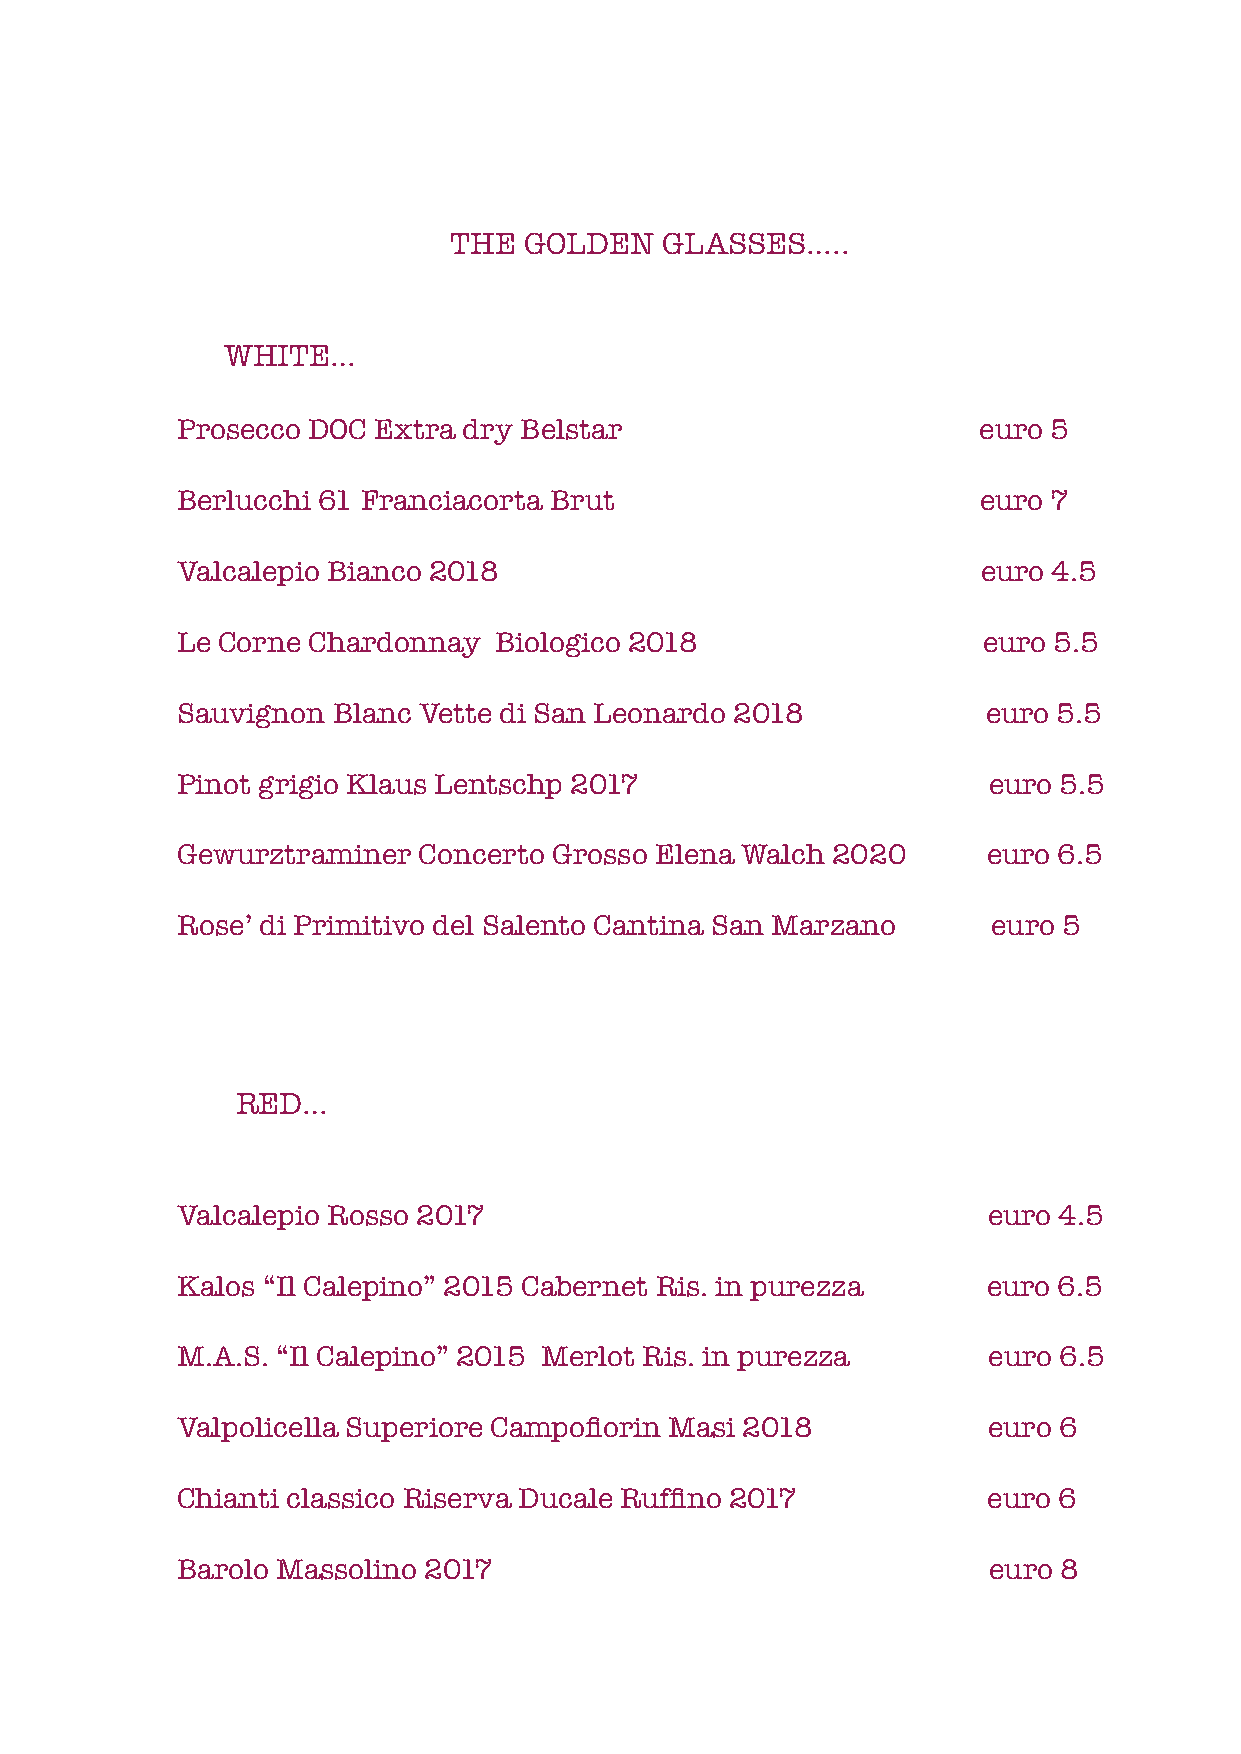
THE  GOLDEN   GLASSES…..
 WHITE…
 Prosecco DOC Extra dry Belstar                       euro 5
 Berlucchi 61 Franciacorta Brut                       euro 7
 Valcalepio Bianco 2018                               euro 4.5
 Le Corne Chardonnay  Biologico 2018                  euro 5.5
 Sauvignon Blanc Vette di San Leonardo 2018           euro 5.5
 Pinot grigio Klaus Lentschp 2017                     euro 5.5
 Gewurztraminer  Concerto Grosso Elena Walch 2020     euro 6.5
 Rose’ di Primitivo del Salento Cantina San Marzano    euro 5
 RED…
 Valcalepio Rosso 2017                                euro 4.5
 Kalos “Il Calepino” 2015 Cabernet Ris. in purezza    euro 6.5
 M.A.S. “Il Calepino” 2015 Merlot Ris. in purezza     euro 6.5
 Valpolicella Superiore Campofiorin Masi 2018         euro 6
 Chianti classico Riserva Ducale Ruffino 2017         euro 6
 Barolo Massolino 2017                                euro 8